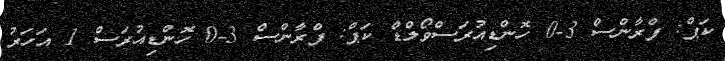
ކަޕް: ފްރާންސް 3-0 ހޮންޑިއުރަސްވޯލްޑް ކަޕް: ފްރާންސް 3-0 ހޮންޑިއުރަސް 1 އަހަރު